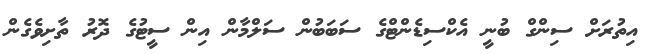
އިތުރަށް ސިންގް ބުނީ އެކްސިޑެންޓްގެ ސަބަބުން ސަލްމާން އިން ސީޓުގެ ދޮރު ތާށިވެގެން